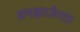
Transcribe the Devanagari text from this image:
समझाऊँगा।